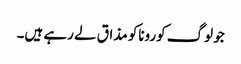
جو لوگ کوروناکو مذاق لے رہے ہیں۔